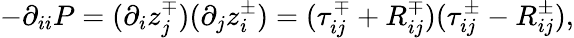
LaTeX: -\partial_{ii}P=(\partial_{i}z_{j}^{\mp})(\partial_{j}z_{i}^{\pm})=(\tau_{ij}^{\mp}+R_{ij}^{\mp})(\tau_{ij}^{\pm}-R_{ij}^{\pm}),